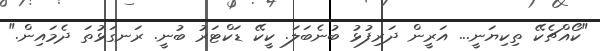
"ކޯއްޗެކޭ ތިކިޔަނީ... އަރީން ދަރިފުޅު ބުނެބަލަ. ކީކޭ ޑަކްޓަރު ބުނީ. ރަނގަޅުތަ ދެމައިން."